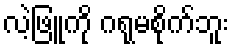
လဲ့ဖြူကို ဂရုမစိုက်ဘူး